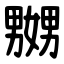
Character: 嬲